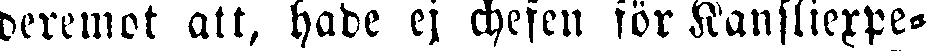
deremot att, hade ej chefen för Kansliexpe-